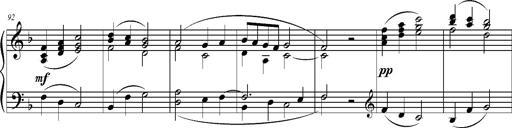
Title: Ave Maria d' Arcadelt
Composer: Franz Liszt